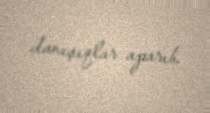
danışıqlar aparıb.